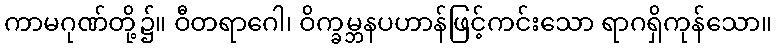
ကာမဂုဏ်တို့၌။ ဝီတရာဂေါ၊ ဝိက္ခမ္ဘနပဟာန်ဖြင့်ကင်းသော ရာဂရှိကုန်သော။